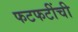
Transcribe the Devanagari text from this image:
फटफटींची